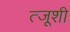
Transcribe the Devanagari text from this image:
त्जूशी